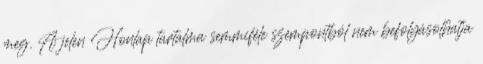
meg. A jelen Honlap tartalma semmiféle szempontból nem befolyásolhatja